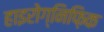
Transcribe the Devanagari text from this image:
हाइरोग्निफ़िक